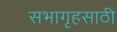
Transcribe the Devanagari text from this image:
सभागृहसाठी